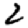
Digit: 2